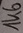
Text: 1K6